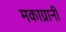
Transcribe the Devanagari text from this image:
मकाग्नानी